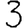
Digit: 3